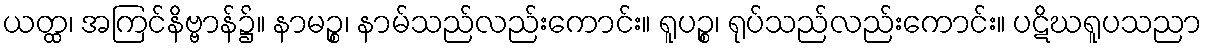
ယတ္ထ၊ အကြင်နိဗ္ဗာန်၌။ နာမဉ္စ၊ နာမ်သည်လည်းကောင်း။ ရူပဉ္စ၊ ရုပ်သည်လည်းကောင်း။ ပဋိဃရူပသညာ